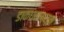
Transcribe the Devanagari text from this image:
डाकघरापासून